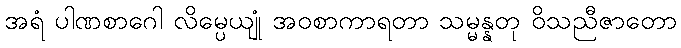
အရံ ပါဏစာဂေါ လိမ္ပေယျုံ အဝစာကာရတာ သမ္မန္နတု ဝိသညီဇာတော